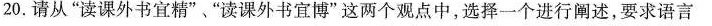
20.请从”读课外书宜精”、”读课外书宜博”这两个观点中，选择一个进行阐述，要求语言